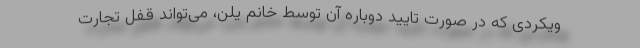
ویکردی که در صورت تایید دوباره آن توسط خانم یلن، می‌تواند قفل تجارت